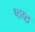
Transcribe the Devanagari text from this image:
ष्ठष्ठ